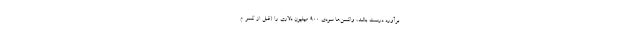
برآورد درست باشد، واکسن‌ها سودی ۹۰۰ میلیون دلاری را (قبل از کسر م